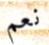
نعم